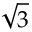
\sqrt { 3 }